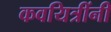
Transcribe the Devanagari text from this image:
कवयित्रींनी